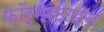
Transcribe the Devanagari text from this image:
फॉर्मरटाइन